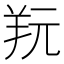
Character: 𦍘